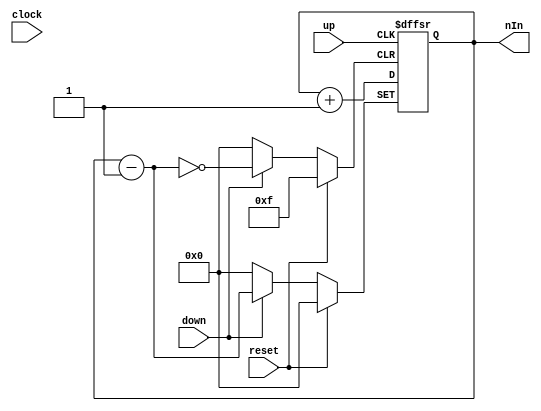
module updown_count_noclock   (
nIn     ,  // Output of the counter
up  ,  
down,  
reset,
clock   // reset Input
);

    output reg [3:0] nIn=4'b0000;
	 input up, down, reset,clock;

always @ (posedge up, posedge down, posedge reset)
begin
if (reset)
 nIn<=4'b0;
else if (down) 
 nIn<=nIn-1;
 else if (up)
 nIn<=nIn+1;


end

endmodule